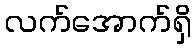
လက်အောက်ရှိ